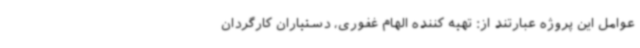
عوامل این پروژه عبارتند از: تهیه کننده الهام غفوری، دستیاران کارگردان